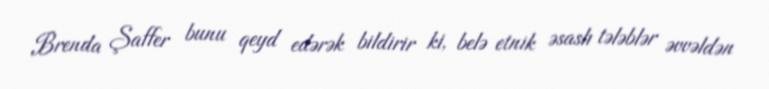
Brenda Şaffer bunu qeyd edərək bildirir ki, belə etnik əsaslı tələblər əvvəldən